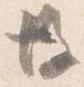
後